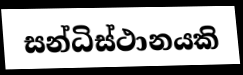
සන්ධිස්ථානයකි